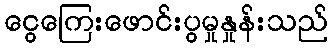
ငွေကြေးဖောင်းပွမှုနှုန်းသည်